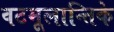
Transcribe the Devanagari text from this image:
वटमूलान्तिके